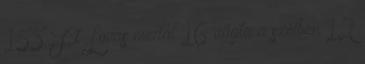
155 Ft Lovas medál 16 vágta a szélben 12